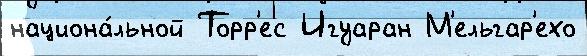
национа́льной Торр'ес Игуаран М'ельгар'ехо